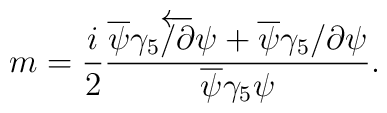
m=\frac {i}{2} \frac{	\overline{\psi }\gamma_5 \overleftarrow{\slash{\partial}} \psi 	+\overline{\psi }\gamma_5 \slash{\partial}  \psi }	{\overline{\psi }\gamma_5\psi }.